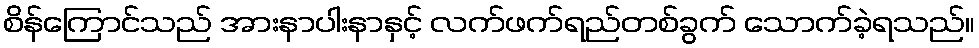
စိန်ကြောင်သည် အားနာပါးနာနှင့် လက်ဖက်ရည်တစ်ခွက် သောက်ခဲ့ရသည်။